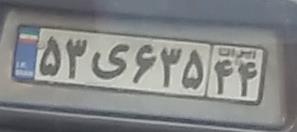
۵۳ی۶۳۵۴۴